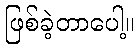
ဖြစ်ခဲ့တာပေါ့။